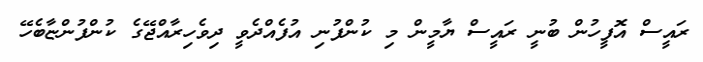
ރައީސް އޮފީހުން ބުނީ ރައީސް ޔާމީން މި ކުންފުނި އުފެއްދެވީ ދިވެހިރާއްޖޭގެ ކުންފުންޏާބެހޭ